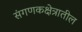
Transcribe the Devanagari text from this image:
संगणकक्षेत्रातील